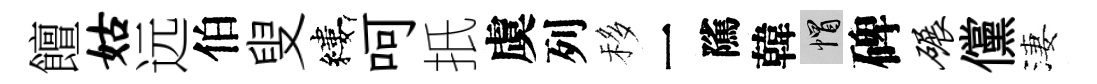
饘姑远伯叟縷呵扺虞列移一隲韓帽碑碾儻淒